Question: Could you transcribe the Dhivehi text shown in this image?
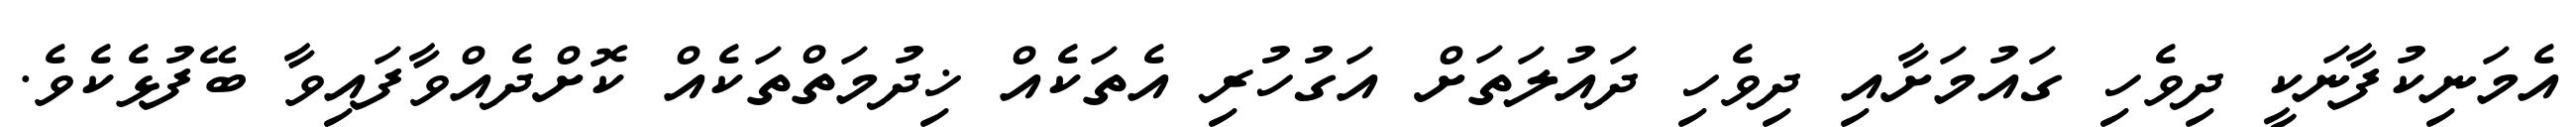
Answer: އެމަނިކުފާނަކީ ދިވެހި ގައުމަށާއި ދިވެހި ދައުލަތަށް އަގުހުރި އެތަކެއް ޚިދުމަތްތަކެއް ކޮށްދެއްވާފައިވާ ބޭފުޅެކެވެ.